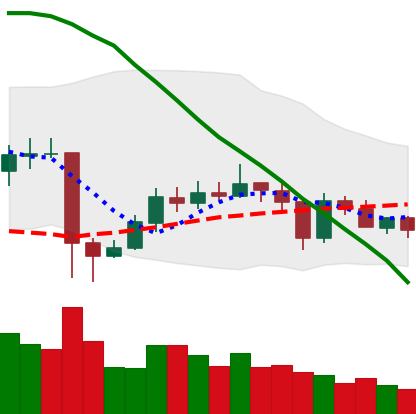
Ticker: EOS-USD
Chart end date: 2020-05-26
Forward return: 6.91%
Label: up_5_7